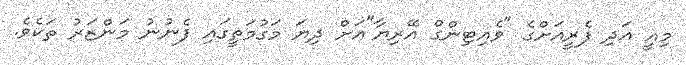
މިއީ އަދި ފެރީއަށްގެ "ވެއިޓިންގް އޭރިޔާ"އަށް ދިޔަ މަގުމަތީގައި ފެނުނު މަންޒަރު ތަކެވެ.